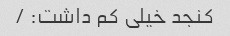
کنجد خیلی کم داشت: /